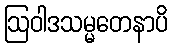
ဩဝါဒသမ္မတေနာပိ